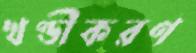
খণ্ডীকরণ